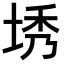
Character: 𪣜